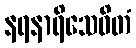
နရနာရိသေဝိတံ